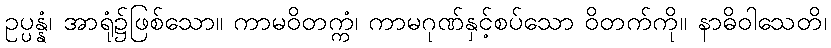
ဥပ္ပန္နံ၊ အာရုံ၌ဖြစ်သော။ ကာမဝိတက္ကံ၊ ကာမဂုဏ်နှင့်စပ်သော ဝိတက်ကို။ နာဓိဝါသေတိ၊